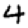
Digit: 4